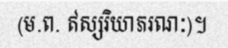
(ម.ព. ឥស្សរិយាភរណៈ)។